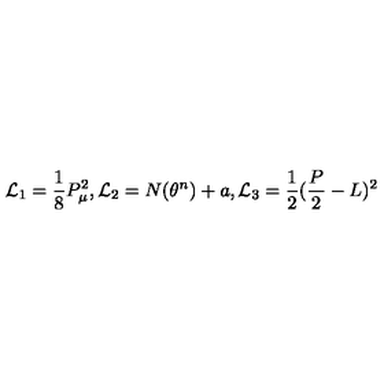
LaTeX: { \cal L } _ { 1 } = \frac { 1 } { 8 } P _ { \mu } ^ { 2 } , \mathrm { } { \cal L } _ { 2 } = N ( \theta ^ { n } ) + a , \mathrm { } { \cal L } _ { 3 } = \frac { 1 } { 2 } ( \frac { P } { 2 } - L ) ^ { 2 }